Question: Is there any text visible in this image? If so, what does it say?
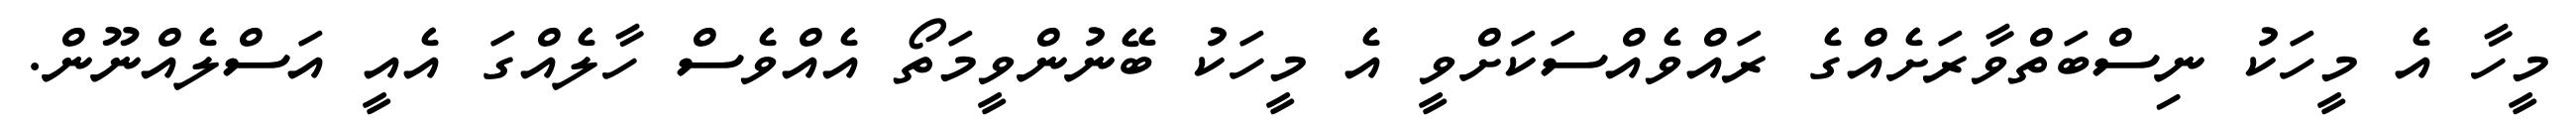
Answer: މީހާ އެ މީހަކު ނިސްބަތްވާރަށެއްގެ ރައްވެއްސަކަށްވީ އެ މީހަކު ބޭނުންވީމަތޯ އެއްވެސް ހާލެއްގަ އެއީ އަސްލެއްނޫން.